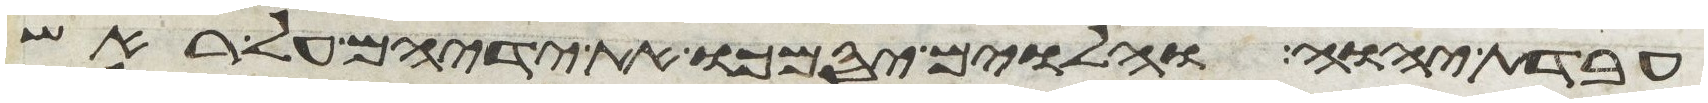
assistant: עבדת יהוה והלוים יסמכו את ידיהם על ראש